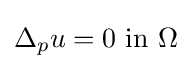
\Delta _{p}u=0{\mbox{ in }}\Omega